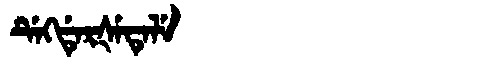
Manchu: ᡩᡝᡴᡩᡝᡵᡧᡝᡨᡝᠯᡝ
Romanization: DEKDERŠETELE